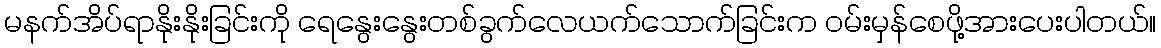
မနက်အိပ်ရာနိုးနိုးခြင်းကို ရေနွေးနွေးတစ်ခွက်လေယက်သောက်ခြင်းက ဝမ်းမှန်စေဖို့အားပေးပါတယ်။